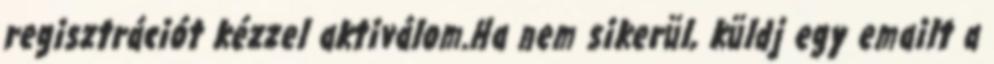
regisztrációt kézzel aktiválom.Ha nem sikerül, küldj egy emailt a